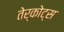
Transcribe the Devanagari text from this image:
तेर्कोट्स